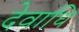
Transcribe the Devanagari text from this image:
देवाधि